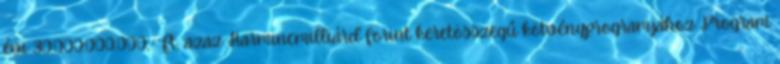
évi 30.000.000.000,- Ft, azaz Harmincmilliárd forint keretösszegű kötvényprogramjához Program